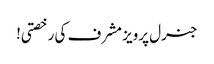
جنرل پرویز مشرف کی رخصتی!